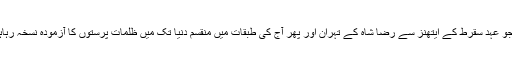
زہرجو عہدِ سقرط کے ایتھنز سے رضا شاہ کے تہران اور پھر آج کی طبقات میں منقسم دنیا تک میں ظلمات پرستوں کا آزمودہ نسخہ رہاہے ۔